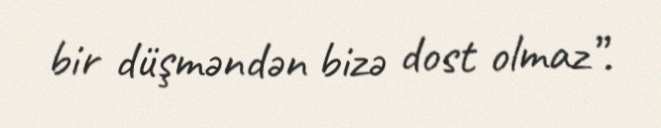
bir düşməndən bizə dost olmaz”.